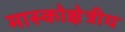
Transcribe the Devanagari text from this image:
मास्कोक्षेत्रीय